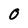
Character: 0